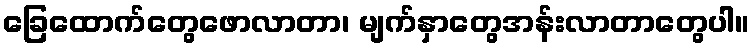
ခြေထောက်တွေဖောလာတာ၊ မျက်နှာတွေအန်းလာတာတွေပါ။